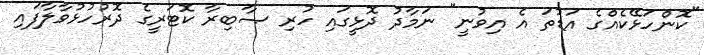
"ކޮންހަޅޭކެއްގެ އަޑުތަ އެ އިވުނީ" ނަމާދު ދޮޅީގައި ހުރި ޞާބިރާ ކޮޓަރީގެ ދޮރުހުޅުވާލާފައި